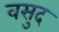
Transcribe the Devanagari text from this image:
वसुद